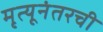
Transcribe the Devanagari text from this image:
मृत्यूनंतरची